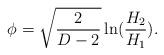
LaTeX: \begin{align*}\phi=\sqrt{\frac{2}{D-2}}\ln(\frac{H_{2}}{H_{1}}). \end{align*}